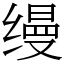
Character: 缦